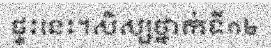
ផ្ទះនេះ។សិស្សថ្នាក់ទី១២